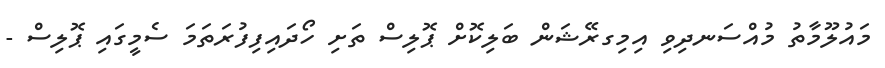
މައުލޫމާތު މުއްސަނދިވި އިމިގރޭޝަން ބަލިކޮށް ޕޮލިސް ތަށި ހޯދައިފިފުރަތަމަ ސެމީގައި ޕޮލިސް -